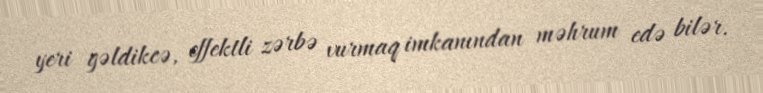
yeri gəldikcə, effektli zərbə vurmaq imkanından məhrum edə bilər.